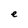
Character: e